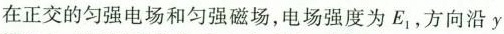
在正交的匀强电场和匀强磁场，电场强度为E_{1}方向沿y